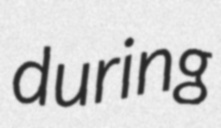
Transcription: during